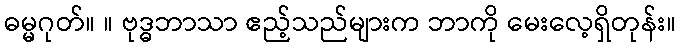
ဓမ္မဂုတ်။ ။ ဗုဒ္ဓဘာသာ ဧည့်သည်များက ဘာကို မေးလေ့ရှိတုန်း။